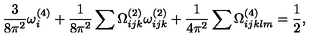
\frac { 3 } { 8 \pi ^ { 2 } } \omega _ { i } ^ { ( 4 ) } + \frac { 1 } { 8 \pi ^ { 2 } } \sum \Omega _ { i j k } ^ { ( 2 ) } \omega _ { i j k } ^ { ( 2 ) } + \frac { 1 } { 4 \pi ^ { 2 } } \sum \Omega _ { i j k l m } ^ { ( 4 ) } = \frac { 1 } { 2 } ,